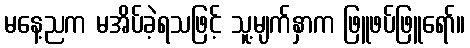
မနေ့ညက မအိပ်ခဲ့ရသဖြင့် သူ့မျက်နှာက ဖြူဖပ်ဖြူရော်။